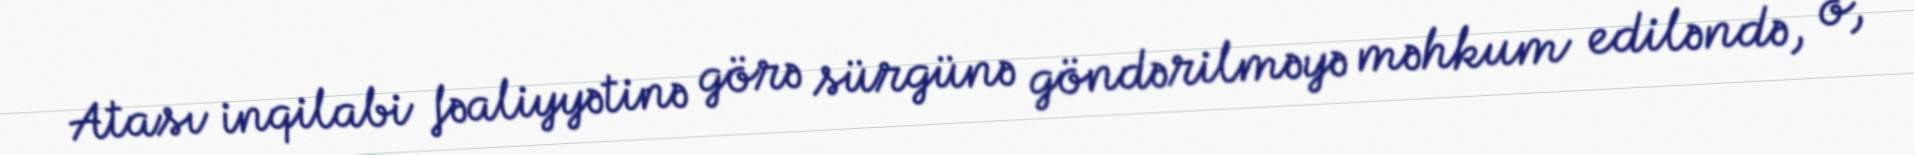
Atası inqilabi fəaliyyətinə görə sürgünə göndərilməyə məhkum ediləndə, o,